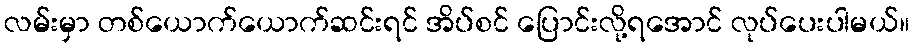
လမ်းမှာ တစ်ယောက်ယောက်ဆင်းရင် အိပ်စင် ပြောင်းလို့ရအောင် လုပ်ပေးပါမယ်။